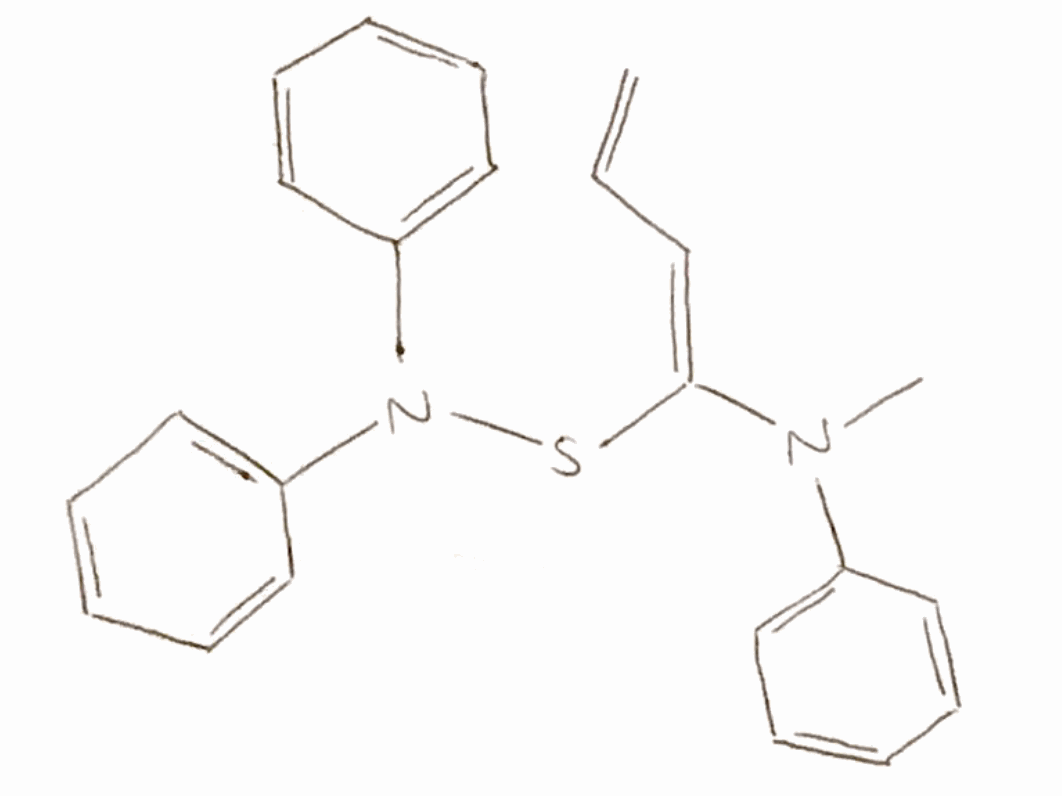
Simplified molecular-input line-entry system (SMILES) notation of the given molecule:
CN(C1=CC=CC=C1)/C(=C/C=C)/SN(C2=CC=CC=C2)C3=CC=CC=C3